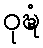
ဝုဍ္ဎံ